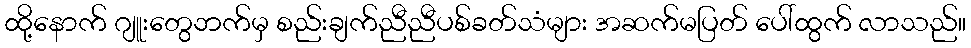
ထို့နောက် ဂျူးတွေဘက်မှ စည်းချက်ညီညီပစ်ခတ်သံများ အဆက်မပြတ် ပေါ်ထွက် လာသည်။